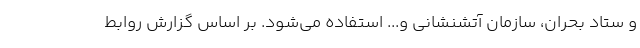
و ستاد بحران، سازمان آتشنشانی و... استفاده می‌شود. بر اساس گزارش روابط